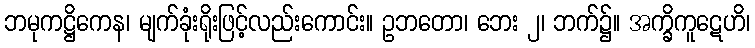
ဘမုကဋ္ဌိကေန၊ မျက်ခုံးရိုးဖြင့်လည်းကောင်း။ ဥဘတော၊ ဘေး ၂၊ ဘက်၌။ အက္ခိကူဋေဟိ၊